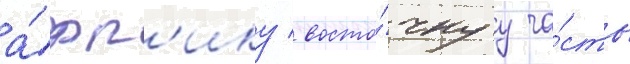
а́фр'ику / восто́чнуу ча́сть